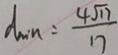
d \min = \frac { 4 \sqrt { 1 7 } } { 1 7 }